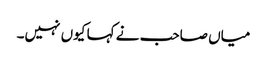
میاں صاحب نے کہا کیوں نہیں۔